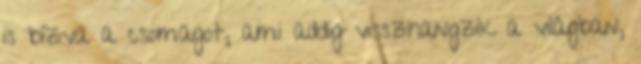
is bízva a csomagot, ami addig visszhangzik a világban,